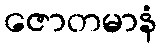
ဇောတမာနံ